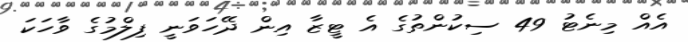
އެއް މިނެޓު 49 ސިކުންތުގެ އެ ޓީޒާ އިން ދޭހަވަނީ ފިލްމުގެ ވާހަކަ